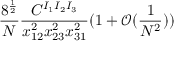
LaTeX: \frac { 8 ^ { \frac { 1 } { 2 } } } { N } \frac { C ^ { I _ { 1 } I _ { 2 } I _ { 3 } } } { x _ { 1 2 } ^ { 2 } x _ { 2 3 } ^ { 2 } x _ { 3 1 } ^ { 2 } } ( 1 + \mathcal { O } ( \frac { 1 } { N ^ { 2 } } ) )